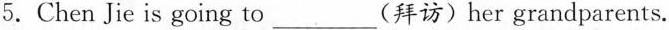
5.Chen Jie is going to___（拜访）her grandparents.